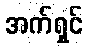
အက်ရှင်